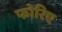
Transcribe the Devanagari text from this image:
फोरिए